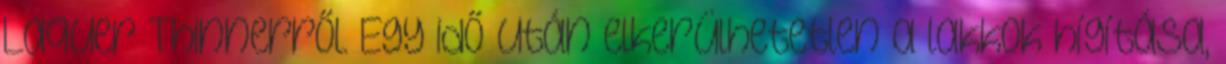
Laquer Thinnerről. Egy idő után elkerülhetetlen a lakkok hígítása,